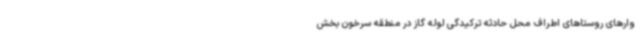
وارهای روستاهای اطراف محل حادثه ترکیدگی لوله گاز در منطقه سرخون بخش